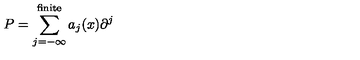
P = \sum _ { j = - \infty } ^ { \mathrm { f i n i t e } } a _ { j } ( x ) \partial ^ { j }